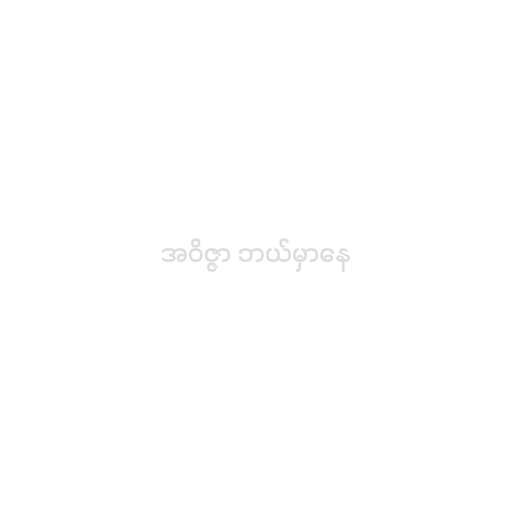
အဝိဇ္ဇာ ဘယ်မှာနေ